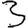
Digit: 3